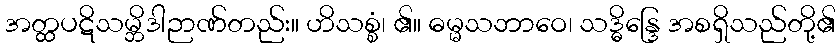
အတ္ထပဋိသမ္ဘိဒါဉာဏ်တည်း။ ဟိသစ္စံ၊ ၏။ ဓမ္မသဘာဝေ၊ သဒ္ဓိန္ဒြေ အစရှိသည်တို့၏